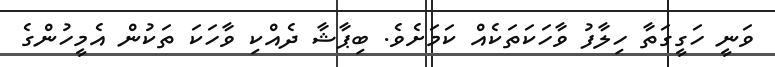
ވަނީ ހަގީގަތާ ހިލާފު ވާހަކަތަކެއް ކަމަށެވެ. ބިޕާޝާ ދެއްކި ވާހަކަ ތަކުން އެމީހުންގެ